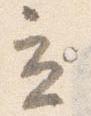
立